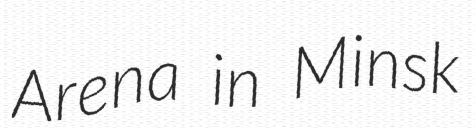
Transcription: Arena in Minsk